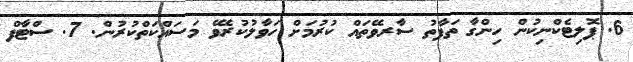
6. ޕޮލިޓެކްނިކުން ހިންގާ ތަފާތު ސާރވޭތައް ކުރުމަށް ހަވާލުކުރެވޭ މަސައްކަތްކުރުން. 7. ސްޓާފް